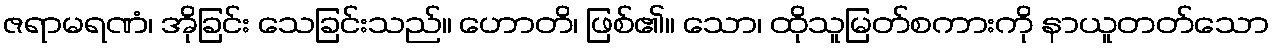
ဇရာမရဏံ၊ အိုခြင်း သေခြင်းသည်။ ဟောတိ၊ ဖြစ်၏။ သော၊ ထိုသူမြတ်စကားကို နာယူတတ်သော